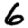
Digit: 6